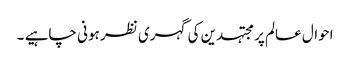
احوال عالم پر مجتہدین کی گہری نظر ہونی چاہیے ۔